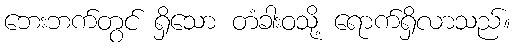
ဘေးဘက်တွင် ရှိသော တံခါးဝသို့ ရောက်ရှိလာသည်။